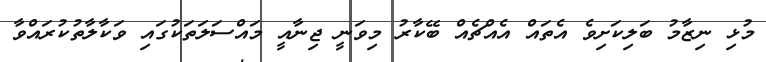
މުޅި ނިޒާމު ބަލިކަށިވެ އެތައް އެއްޗެއް ބޭކާރު މިވަނީ ޖިނާއީ މައްސަލަތަކުގައި ވަކާލާތުކުރައްވާ